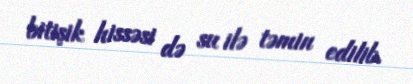
bitişik hissəsi də su ilə təmin edilib.